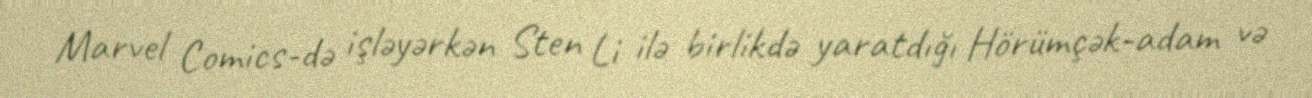
Marvel Comics-də işləyərkən Sten Li ilə birlikdə yaratdığı Hörümçək-adam və